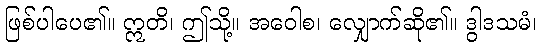
ဖြစ်ပါပေ၏။ ဣတိ၊ ဤသို့။ အဝေါစ၊ လျှောက်ဆို၏။ ဒွါဒသမံ၊